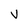
Character: V